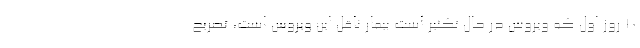
۱۰ روز اول که ویروس در حال تکثیر است بیمار ناقل این ویروس است، تصریح